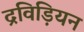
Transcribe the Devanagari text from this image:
द्रविड़ियन